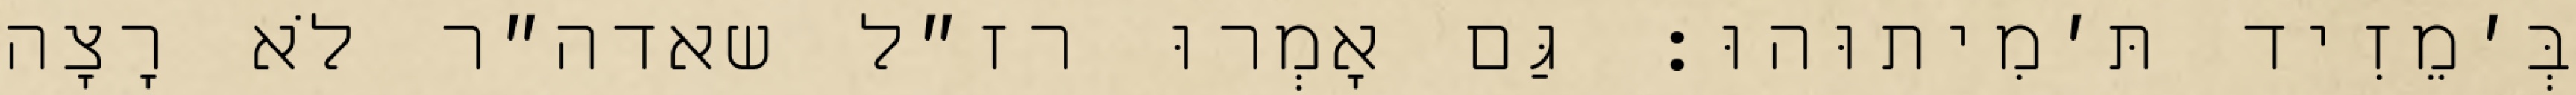
בְּ׳מֵזִיד תּ׳מִיתוּהוּ: גַּם אָמְרוּ רז״ל שאדה״ר לֹא רָצָה